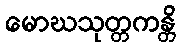
မောဃသုတ္တကန္တိ